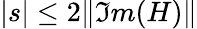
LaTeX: |s|\leq 2\| \Im m(H)\|